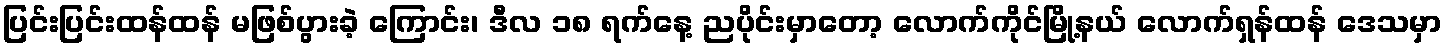
ပြင်းပြင်းထန်ထန် မဖြစ်ပွားခဲ့ ကြောင်း၊ ဒီလ ၁၈ ရက်နေ့ ညပိုင်းမှာတော့ လောက်ကိုင်မြို့နယ် လောက်ရှန်ထန် ဒေသမှာ